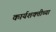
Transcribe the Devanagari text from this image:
कार्यशक्तीच्या